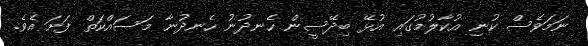
ނަމަވެސް ކުނި އުކާލުމުގައި އުޅޭ ބިދޭސީން ހެނދުނު ހެނދުނާ މަސައްކަތް ފަށަ އެވެ.